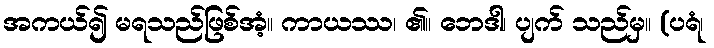
အကယ်၍ မရသည်ဖြစ်အံ့။ ကာယဿ၊ ၏။ ဘေဒါ၊ ပျက် သည်မှ။ (ပရံ၊